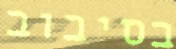
בסיבוב